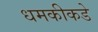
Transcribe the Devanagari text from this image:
धमकीकडे